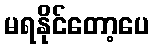
မရနိုင်တော့ပေ